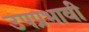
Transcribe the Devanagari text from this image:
उपप्रभावी